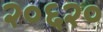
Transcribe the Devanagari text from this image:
२०६२०